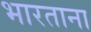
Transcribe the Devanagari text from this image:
भारताना